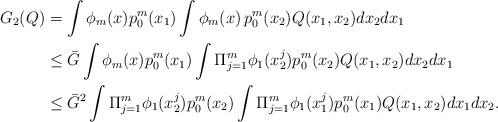
LaTeX: \begin{align*} G_2(Q) &= \int \phi_m(x) p_0^m(x_1) \int \phi_m(x) \, p_0^m(x_2) Q(x_1,x_2) dx_2 dx_1\\&\leq \bar{G} \int \phi_m(x) p_0^m(x_1) \int \Pi_{j=1}^{m} \phi_1( x^j_2) p_0^m(x_2) Q(x_1,x_2) dx_2 dx_1 \\ &\leq \bar{G}^2 \int \Pi_{j=1}^{m} \phi_1( x^j_2) p_0^m(x_2) \int \Pi_{j=1}^{m} \phi_1( x^j_1) p_0^m(x_1) Q(x_1,x_2) dx_1 dx_2.\end{align*}